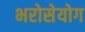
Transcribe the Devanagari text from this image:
भरोसेयोग